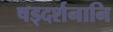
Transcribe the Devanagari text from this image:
षड्दर्शनानि